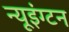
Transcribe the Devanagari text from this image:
न्यूइंग्टन